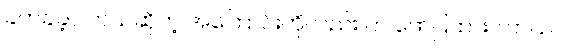
ခက်ခဲခဲ့ပါတယ်ဆိုတဲ့ အကြောင်းကိုလည်း က ဖော်ပြထားပါတယ်။